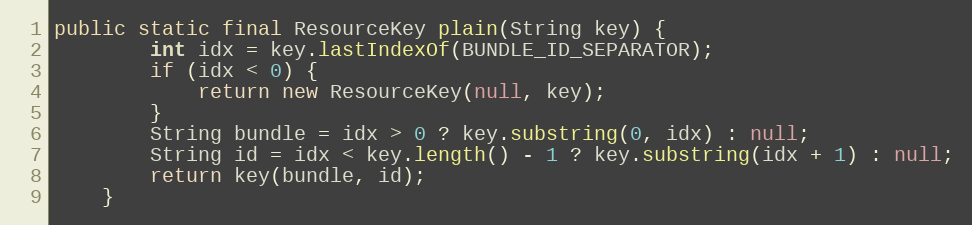
Language: Java
public static final ResourceKey plain(String key) {
		int idx = key.lastIndexOf(BUNDLE_ID_SEPARATOR);
		if (idx < 0) {
			return new ResourceKey(null, key);
		}
		String bundle = idx > 0 ? key.substring(0, idx) : null;
		String id = idx < key.length() - 1 ? key.substring(idx + 1) : null;
		return key(bundle, id);
	}